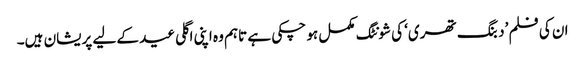
ان کی فلم ’دبنگ تھری‘ کی شونٹگ مکمل ہو چکی ہے تاہم وہ اپنی اگلی عید کے لیے پریشان ہیں۔